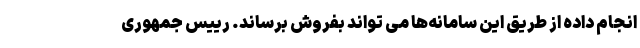
انجام داده از طریق این سامانه‌ها می تواند بفروش برساند. رییس جمهوری